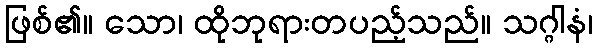
ဖြစ်၏။ သော၊ ထိုဘုရားတပည့်သည်။ သဂ္ဂါနံ၊